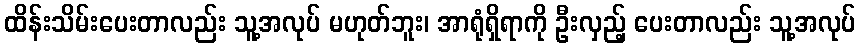
ထိန်းသိမ်းပေးတာလည်း သူ့အလုပ် မဟုတ်ဘူး၊ အာရုံရှိရာကို ဦးလှည့် ပေးတာလည်း သူ့အလုပ်